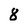
Character: 8